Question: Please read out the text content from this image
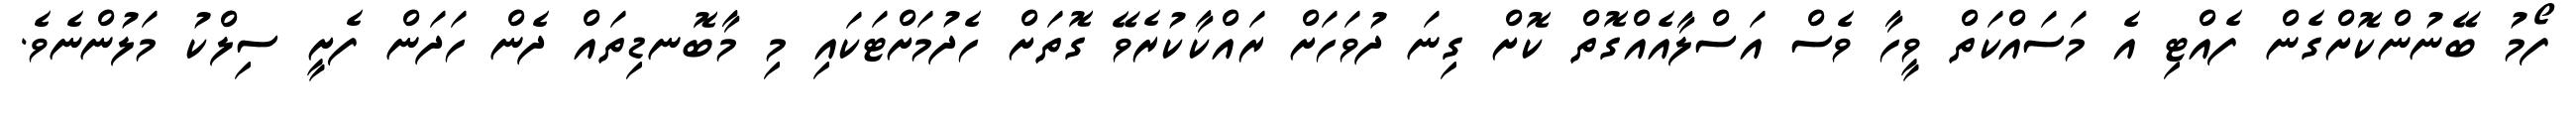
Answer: ފޯމު ބޭނުންކޮށްގެން ފެއްޓި އެ މަސައްކަތް ވީހާ ވެސް އަސްލާއެއްގޮތް ކޮށް ގިނަ ދުވަހަށް ރައްކާކުރެވޭ ގޮތަށް ހެދުމަށްޓަކައި މި މާބޮނޑިތައް ދެން ހަދަން ފެށީ ސިލްކު މަލުންނެވެ.